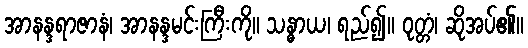
အာနန္ဒရာဇာနံ၊ အာနန္ဒမင်းကြီးကို။ သန္ဓာယ၊ ရည်၍။ ဝုတ္တံ၊ ဆိုအပ်၏။